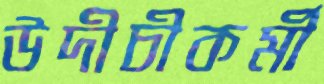
উদীচীকর্মী